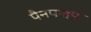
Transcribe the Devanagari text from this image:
पैनपाइप